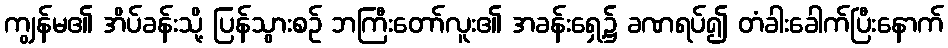
ကျွန်မ၏ အိပ်ခန်းသို့ ပြန်သွားစဉ် ဘကြီးတော်လူး၏ အခန်းရှေ့၌ ခဏရပ်၍ တံခါးခေါက်ပြီးနောက်